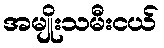
အမျိုးသမီးငယ်